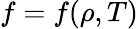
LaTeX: f=f(\rho,T)